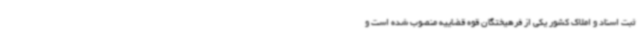
ثبت اسناد و املاک کشور یکی از فرهیختگان قوه قضاییه منصوب شده است و